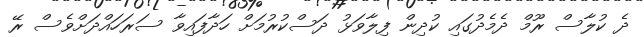
ދެ ކުލާސް ރޫމް ދެމެދުގައި ކުދިން ފިލާވަޅު ދަސްކުރުމަށް ހަދާފައިވާ ސަރަހައްދަށްވެސް ރޭ